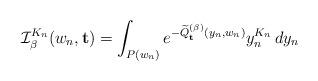
LaTeX: \begin{align*} \mathcal{I}_{\beta}^{K_n}(w_n, \mathbf{t}) = \int_{P(w_n)}e^{-\widetilde{Q}_{\mathbf{t}}^{(\beta)}(y_n, w_n)} y_n^{K_n} \, dy_n\end{align*}